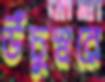
উঁচুস্বরে